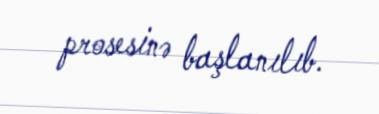
prosesinə başlanılıb.